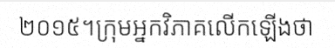
២០១៥។ក្រុមអ្នកវិភាគលើកឡើងថា